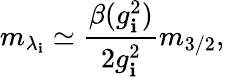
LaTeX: m_{\lambda_{\mathbf{i}}}\simeq{\frac{{\beta(g_{\mathbf{i}}^{2})}}{{2g_{\mathbf{i}}^{2}}}}m_{3/2},